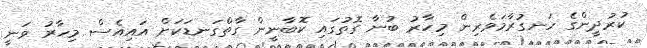
ކުރުދީންގެ ހަނގުރާމަވެރިން މިހާރު ބުނާ ގޮތުގައި ކޮބާނީން ގާތްގަނޑަކަށް އައިއެސް މިހާރު ވަނީ